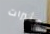
مثيرات